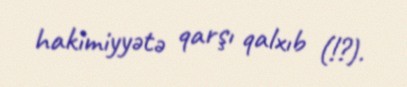
hakimiyyətə qarşı qalxıb (!?).